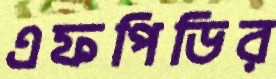
এফপিডির